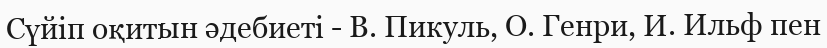
Сүйіп оқитын әдебиеті - В. Пикуль, О. Генри, И. Ильф пен